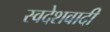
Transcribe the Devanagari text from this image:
स्वदेशवादी